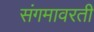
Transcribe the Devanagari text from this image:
संगमावरती